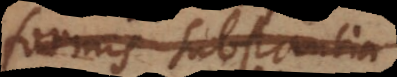
corpus, substantia